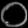
Digit: ၀